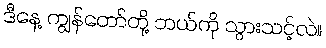
ဒီနေ့ ကျွန်တော်တို့ ဘယ်ကို သွားသင့်လဲ။